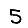
Digit: 5